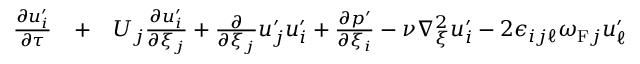
\begin{array} { r l r } { \frac { \partial u _ { i } ^ { \prime } } { \partial \tau } } & { { } + } & { U _ { j } \frac { \partial u _ { i } ^ { \prime } } { \partial \xi _ { j } } + \frac { \partial } { \partial \xi _ { j } } u _ { j } ^ { \prime } u _ { i } ^ { \prime } + \frac { \partial p ^ { \prime } } { \partial \xi _ { i } } - \nu \nabla _ { \xi } ^ { 2 } u _ { i } ^ { \prime } - 2 \epsilon _ { i j \ell } \omega _ { \mathrm { { F } } j } u _ { \ell } ^ { \prime } } \end{array}